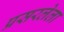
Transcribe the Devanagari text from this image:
प्रसरलेला